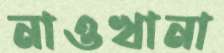
নাওখানা